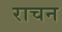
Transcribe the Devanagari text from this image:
राचन